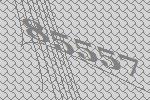
85557